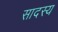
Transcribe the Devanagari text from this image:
सादस्य